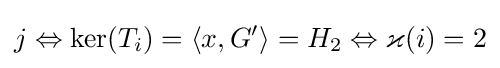
j\Leftrightarrow \ker(T_{i})=\langle x,G'\rangle =H_{2}\Leftrightarrow \varkappa (i)=2